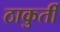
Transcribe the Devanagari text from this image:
ठाकुर्ती